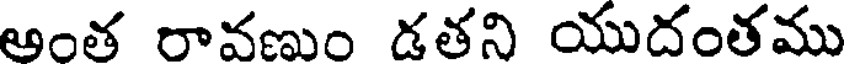
అంత రావణుం డతని యుదంతము